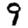
Digit: 9